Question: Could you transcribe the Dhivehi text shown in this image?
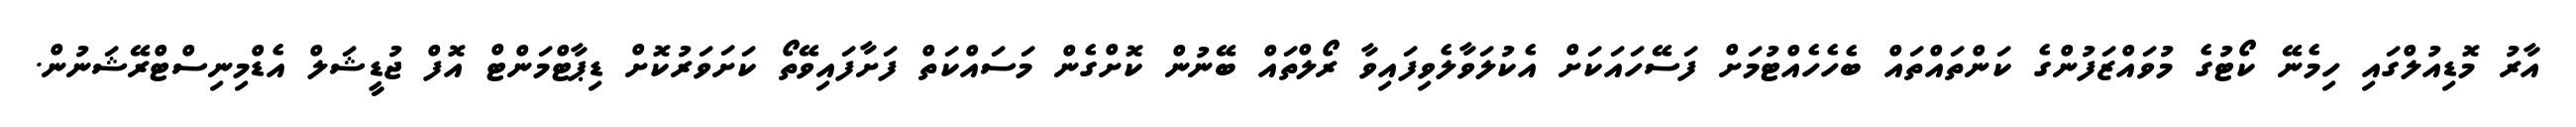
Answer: އާރު މޮޑިއުލްގައި ހިމެނޭ ކޯޓުގެ މުވައްޒަފުންގެ ކަންތައްތައް ބެހެހެއްޓުމަށް ފަސޭހައަކަށް އެކުލަވާލެވިފައިވާ ރޯލްތައް ބޭނުން ކޮށްގެން މަސައްކަތް ފަށާފައިވޭތޯ ކަށަވަރުކޮށް ޑިޕާޓްމަންޓް އޮފް ޖުޑީޝަލް އެޑްމިނިސްޓްރޭޝަނުން.